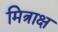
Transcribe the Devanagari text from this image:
मित्राक्ष